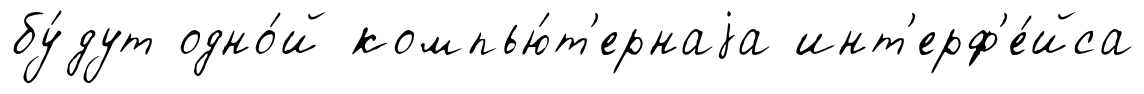
бу́дут одно́й компью́т'ернаjа инт'ерф'е́йса